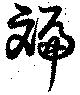
斒